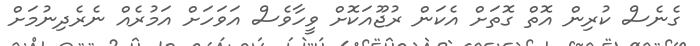
ގެނެސް ކުރިން އޮތް ގޮތަށް އެކަން ރުޖޫއަކޮށް ވީހާވެސް އަވަހަށް އަމުރެއް ނެރެދިނުމަށް